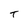
Character: t